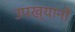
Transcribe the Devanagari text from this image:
उपख्यानों